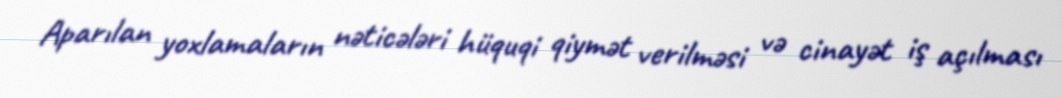
Aparılan yoxlamaların nəticələri hüquqi qiymət verilməsi və cinayət iş açılması